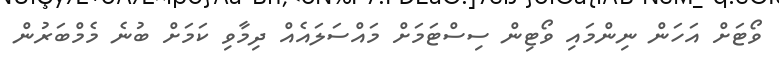
ވޯޓަށް އަހަން ނިންމައި ވޯޓިން ސިސްޓަމަށް މައްސަލައެއް ދިމާވި ކަމަށް ބުނެ މެމްބަރުން